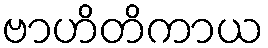
ဗာဟိတိကာယ